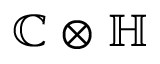
\mathbb { C } \otimes \mathbb { H }